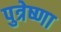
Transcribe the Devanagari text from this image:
पुत्रेष्णा